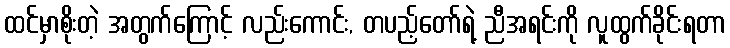
ထင်မှာစိုးတဲ့ အတွက်ကြောင့် လည်းကောင်း, တပည့်တော်ရဲ့ ညီအရင်းကို လူထွက်ခိုင်းရတာ